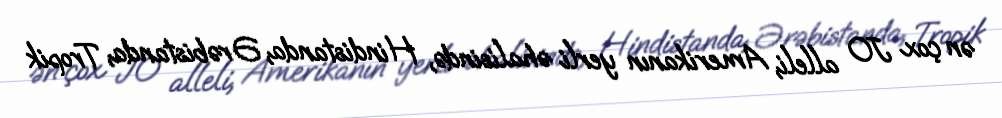
ən çox J0 alleli, Amerikanın yerli əhalisində, Hindistanda, Ərəbistanda, Tropik